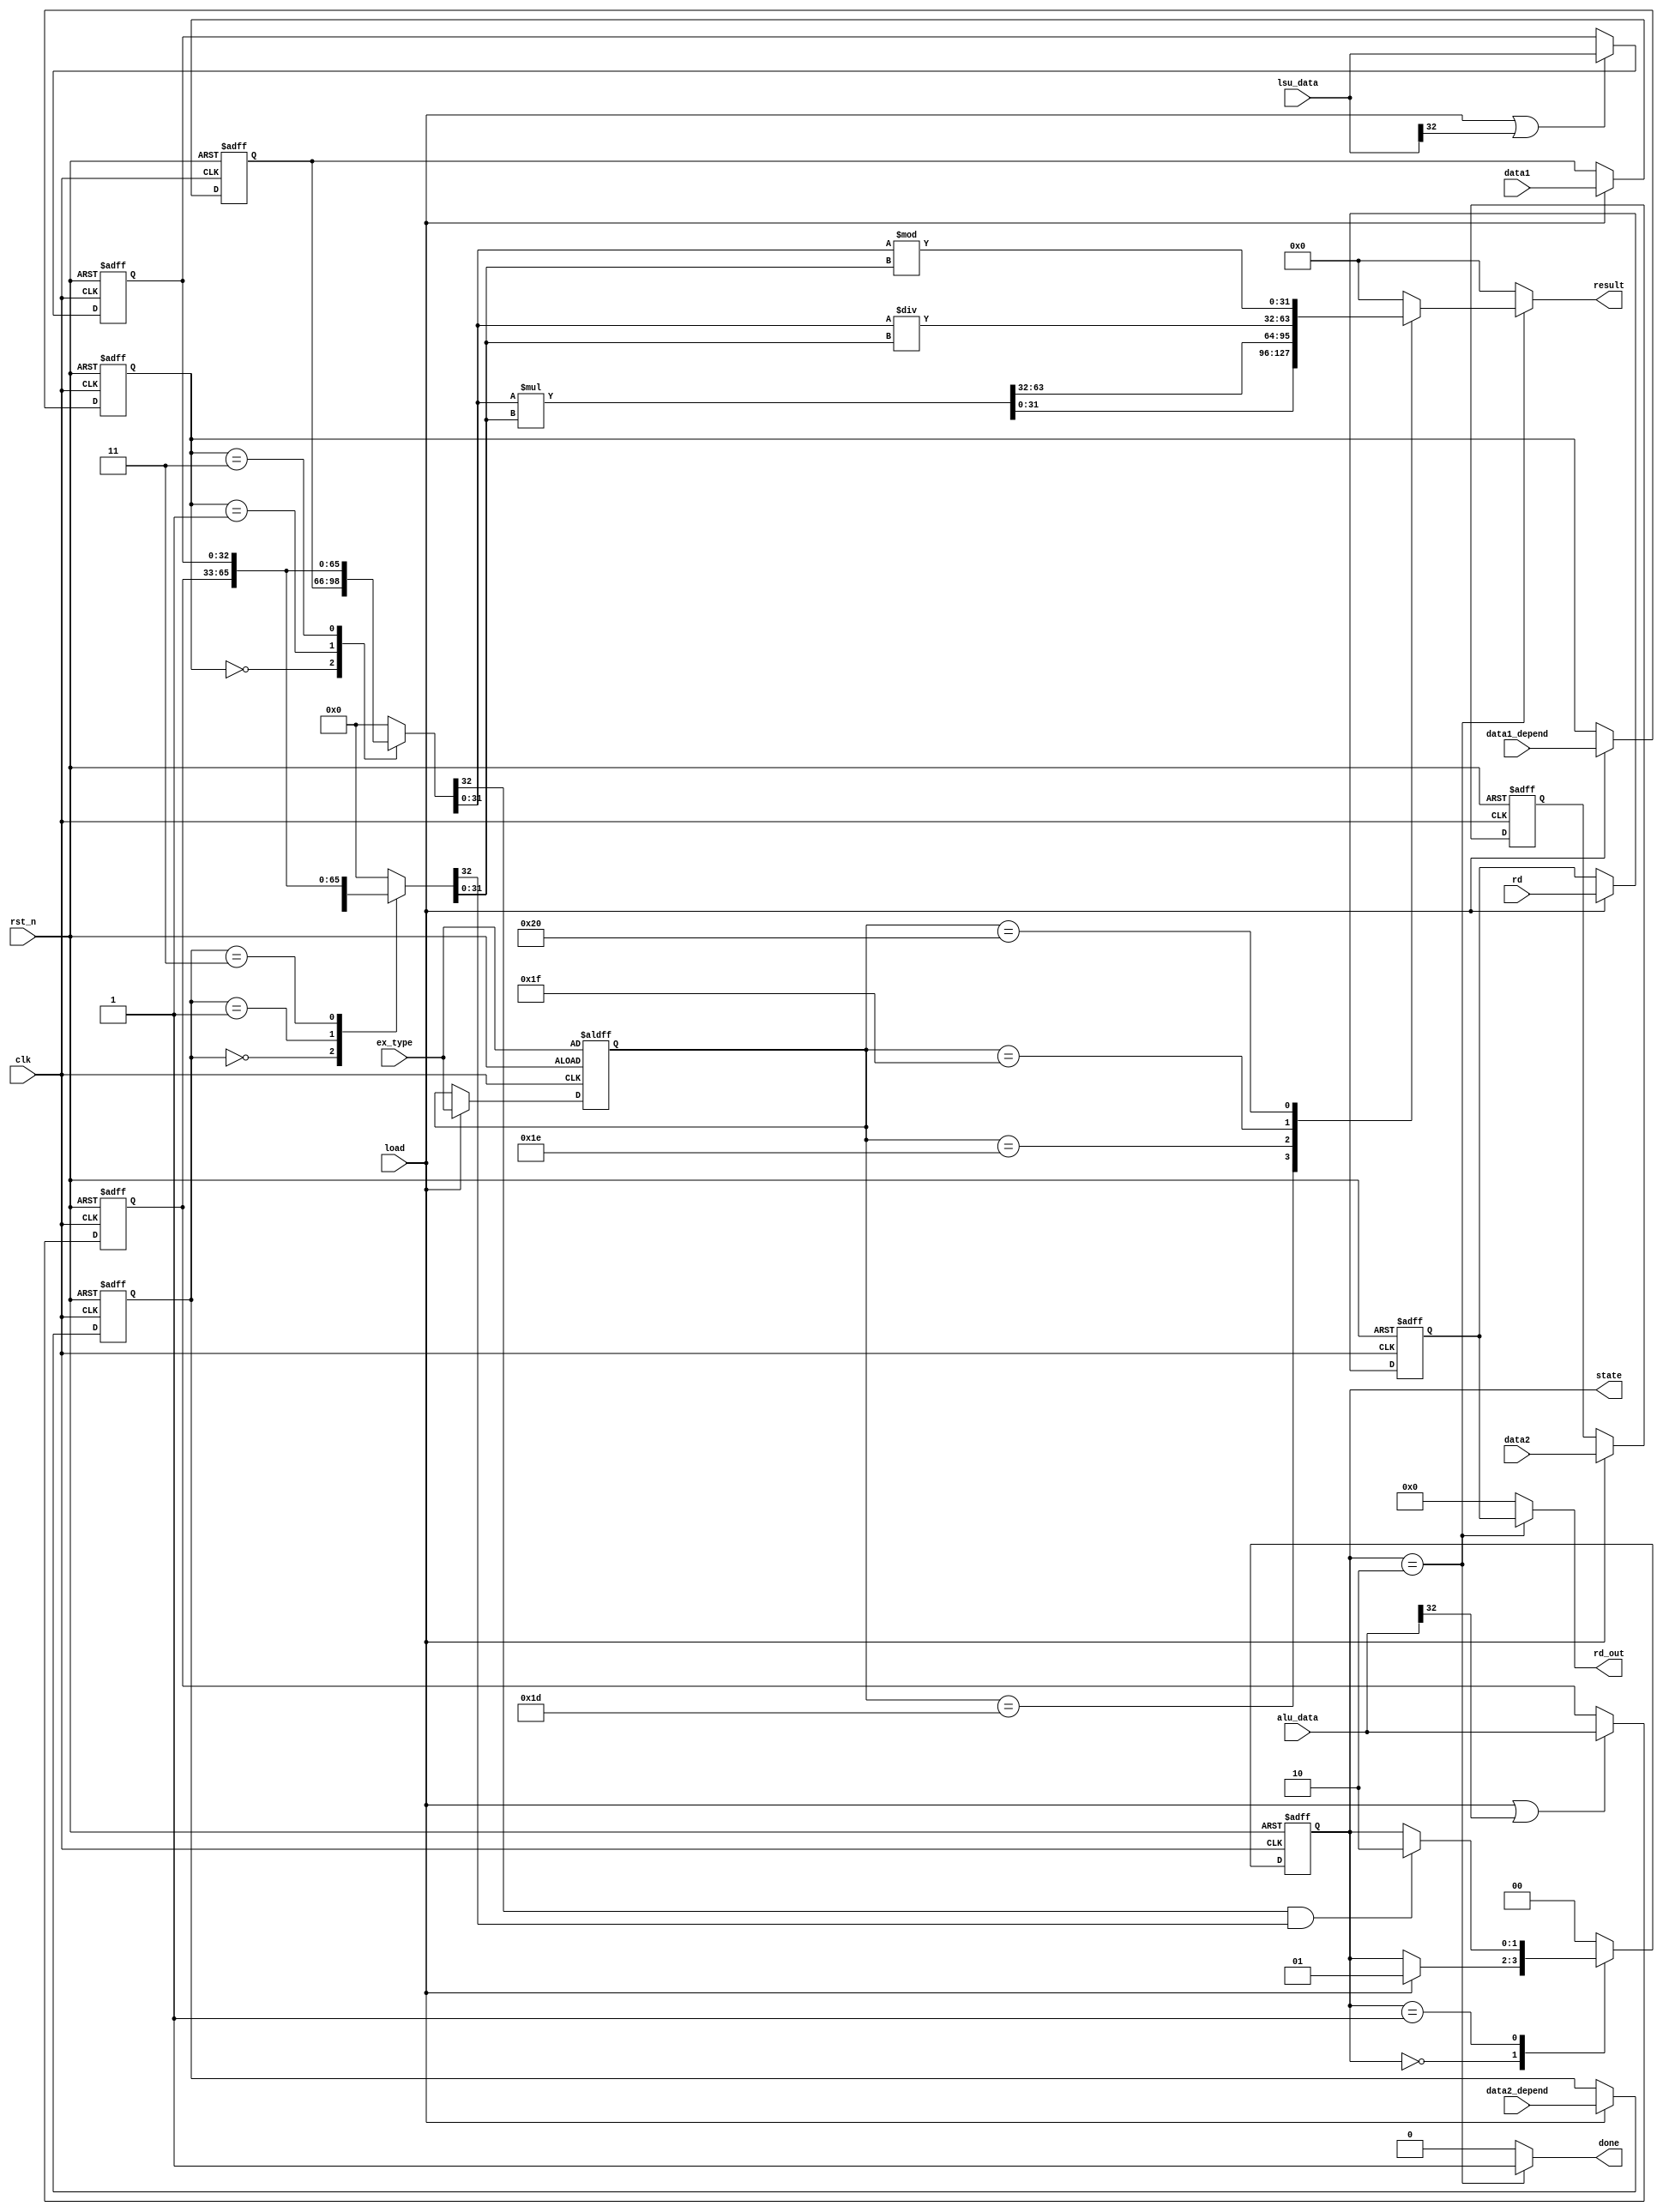
module MUL(
    input wire clk,
    input wire rst_n,
    input wire load,
    input wire [4:0] rd,
    input wire [32:0] data1,
    input wire [32:0] data2,
    input wire [32:0] alu_data,
    input wire [32:0] lsu_data,
    input wire [5:0] ex_type,
    input wire [1:0] data1_depend,
    input wire [1:0] data2_depend,
    output reg [1:0] state,
    output wire done,
    output wire [31:0] result,
    output wire [4:0] rd_out
);

    reg [32:0] operand1, operand2;
    wire [63:0] result_tmp = operand1[31:0] * operand2[31:0];
    reg [31:0] result_ex;
    reg [32:0] data1_store, data2_store, alu_data_store, lsu_data_store;
    reg [5:0] ex_type_store;
    reg [1:0] data1_depend_store, data2_depend_store;
    reg [4:0] rd_store;
    // reg [1:0] state; // 00 - ready, 01 - busy, 10 - done
    wire data1_valid = operand1[32];
    wire data2_valid = operand2[32]; 

    always @(posedge clk or negedge rst_n) begin
        if(!rst_n) begin
            state <= 2'b00;
        end
        else begin
            case(state)
                2'b00: begin
                    if(load) state <= 2'b01;
                    else state <= state;
                end
                2'b01: begin
                    if(data1_valid & data2_valid) state <= 2'b10;
                    else state <= state;
                end
                2'b10: begin
                    state <= 2'b00;
                end
                default: state <= 2'b00;
            endcase
            
        end
    end

    always @(*) begin
        case(data1_depend_store)
            2'b00: operand1 = data1_store;
            2'b01: operand1 = alu_data_store;
            2'b11: operand1 = lsu_data_store;
            default: operand1 = 33'd0;
        endcase

        case(data2_depend_store)
            2'b00: operand2 = data2_store;
            2'b01: operand2 = alu_data_store;
            2'b11: operand2 = lsu_data_store; 
            default: operand2 = 33'd0;
        endcase
	end


    always @(*) begin
		case(ex_type_store)
			6'd29: result_ex = result_tmp[31:0];
			6'd30: result_ex = result_tmp[63:32];
			6'd31: result_ex = operand1[31:0] / operand2[31:0];
			6'd32: result_ex = operand1[31:0] % operand2[31:0];
			default: result_ex = 33'd0;
		endcase
	end

    always @(posedge clk or negedge rst_n) begin
        if(!rst_n) begin
            ex_type_store <= ex_type;
            data1_store <= 33'd0;
            data2_store <= 33'd0;
            data1_depend_store <= 2'b00;
            data2_depend_store <= 2'b00;
            alu_data_store <= 33'd0;
            lsu_data_store <= 33'd0;
            rd_store <= 5'd0;
        end
        else begin
            ex_type_store <= load ? ex_type : ex_type_store;
            data1_depend_store <= load ? data1_depend : data1_depend_store;
            data2_depend_store <= load ? data2_depend : data2_depend_store;
            data1_store <= load ? data1 : data1_store;
            data2_store <= load ? data2 : data2_store;
            alu_data_store <= load | alu_data[32] ? alu_data :  alu_data_store;
            lsu_data_store <= load | lsu_data[32] ? lsu_data : lsu_data_store;
            rd_store <= load ? rd : rd_store;
        end
    end

    assign done = (state == 2'b10) ? 1'b1 : 1'b0;
    assign result = (state == 2'b10) ? result_ex : 32'd0;
    assign rd_out = (state == 2'b10) ? rd_store : 5'd0;
endmodule